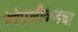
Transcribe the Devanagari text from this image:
रेषेपलीकडचा